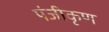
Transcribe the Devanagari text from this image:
पंजीकृण